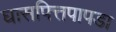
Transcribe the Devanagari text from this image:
घासपित्तपापडा